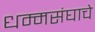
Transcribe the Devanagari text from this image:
धम्मसंघाचे